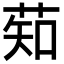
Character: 䓡